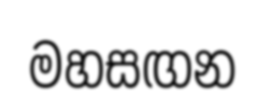
මහසඟන